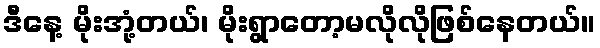
ဒီနေ့ မိုးအုံ့တယ်၊ မိုးရွာတော့မလိုလိုဖြစ်နေတယ်။